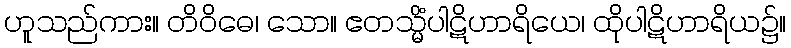
ဟူသည်ကား။ တိဝိဓေ၊ သော။ ဧတသ္မိံပါဋိဟာရိယေ၊ ထိုပါဋိဟာရိယ၌။